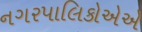
નગરપાલિકોએએ